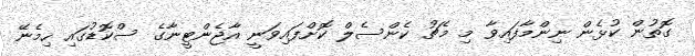
ގޮތުން ކުޅެން ނިންމާފައިވާ މި މެޗު ކެންސެލް ކޮށްފައިވަނީ އާޖެންޓީނާގެ ސްކޮޑުގައި ހިމެނޭ